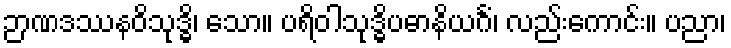
ဉာဏဒဿနဝိသုဒ္ဓိ၊ သော။ ပရိဝါသုဒ္ဓိပဓာနိယင်္ဂံ၊ လည်းကောင်း။ ပညာ၊